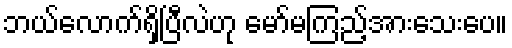
ဘယ်လောက်ရှိပြီလဲဟု မော်မကြည့်အားသေးပေ။